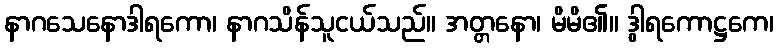
နာဂသေနောဒါရကော၊ နာဂသိန်သူငယ်သည်။ အတ္တနော၊ မိမိ၏။ ဒွါရကောဋ္ဌကေ၊